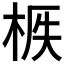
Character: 𣒟